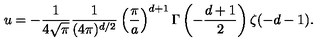
u = - { \frac { 1 } { 4 \sqrt \pi } } { \frac { 1 } { ( 4 \pi ) ^ { d / 2 } } } \left( { \frac { \pi } { a } } \right) ^ { d + 1 } \Gamma \left( - { \frac { d + 1 } { 2 } } \right) \zeta ( - d - 1 ) .